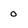
Character: 0